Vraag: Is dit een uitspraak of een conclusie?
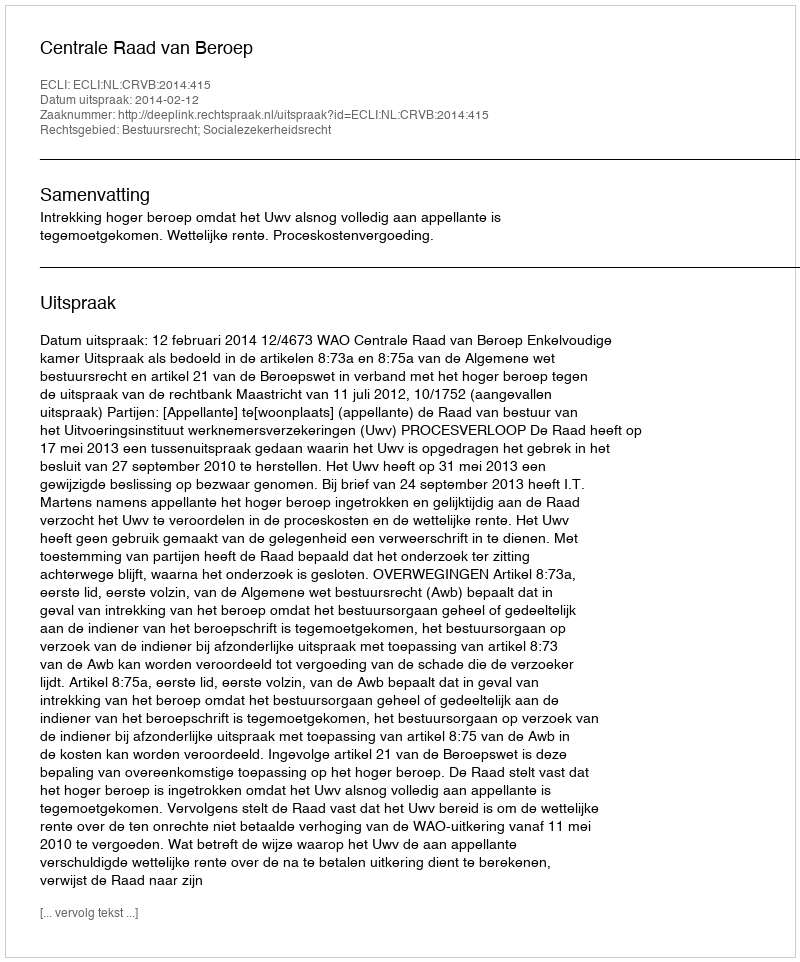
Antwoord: Uitspraak